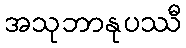
အသုဘာနုပဿီ